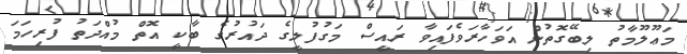
މަޢޫލޫމާތު ލިބޭގޮތުން އަވަހާރަވެފައިވާ ރައީސް މަގުފުލީގެ ދައުރުގެ ބާކީ އޮތް މުއްދަތު ފުރިހަމަ